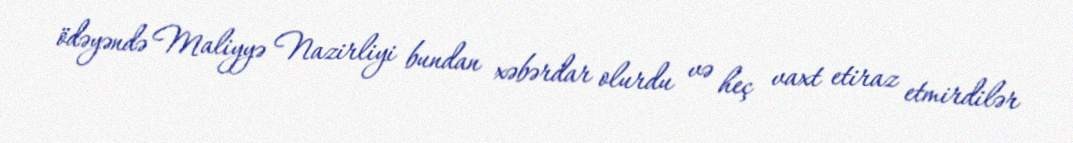
ödəyəndə Maliyyə Nazirliyi bundan xəbərdar olurdu və heç vaxt etiraz etmirdilər